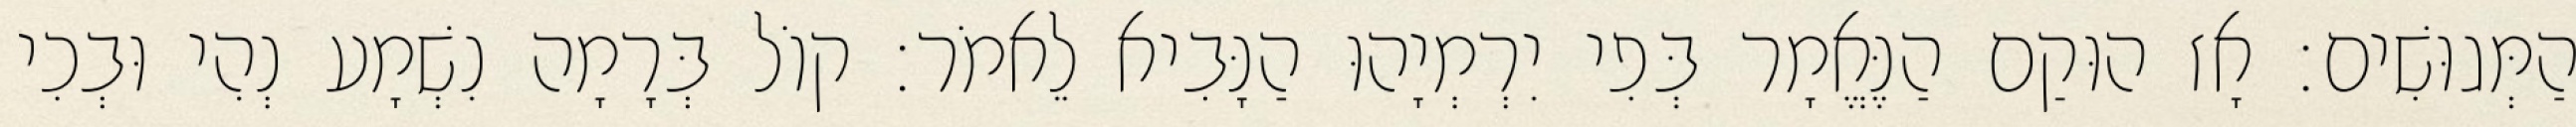
הַמְּגוּשִׁים׃ אָז הוּקַם הַנֶּאֱמָר בְּפִי יִרְמְיָהוּ הַנָּבִיא לֵאמֹר׃ קוֹל בְּרָמָה נִשְׁמָע נְהִי וּבְכִי